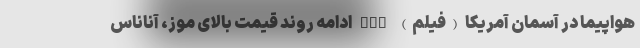
هواپیما در آسمان آمریکا (فیلم) nan ادامه روند قیمت بالای موز، آناناس